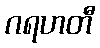
ဂရဟတီ